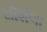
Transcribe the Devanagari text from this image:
धोशणा